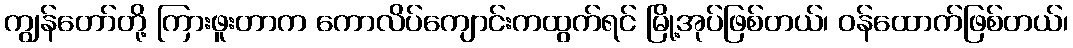
ကျွန်တော်တို့ ကြားဖူးတာက ကောလိပ်ကျောင်းကထွက်ရင် မြို့အုပ်ဖြစ်တယ်၊ ဝန်ထောက်ဖြစ်တယ်၊